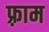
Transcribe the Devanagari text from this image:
फ़्राम